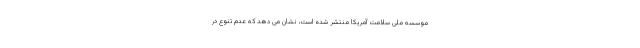
موسسه ملی سلامت آمریکا منتشر شده است، نشان می دهد که عدم تنوع در